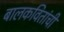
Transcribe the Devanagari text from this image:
बालकवितांची